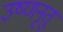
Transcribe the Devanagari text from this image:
उष्णनृतुं